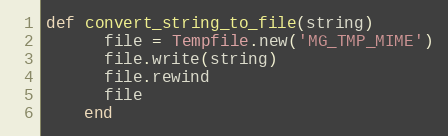
Language: Ruby
def convert_string_to_file(string)
      file = Tempfile.new('MG_TMP_MIME')
      file.write(string)
      file.rewind
      file
    end